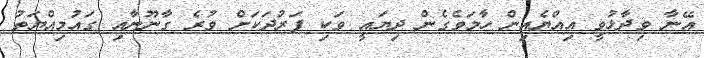
އޭނާ ވިދާޅުވީ އިއްޔެއިން ހާމަވެގެން ދިޔައީ ވަކި ފަރުދަކަށް ވުރެ ގާނޫނާއި ގައުމިއްޔަތު